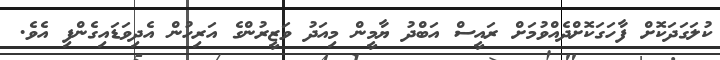
ކުލަގަދަކޮށް ފާހަގަކޮށްދެއްވުމަށް ރައީސް އަބްދު ޔާމީން މިއަދު ވަޒީރުންގެ އަރިހުން އެދިވަޑައިގެންފި އެވެ.